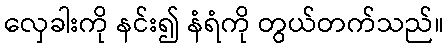
လှေခါးကို နင်း၍ နံရံကို တွယ်တက်သည်။